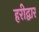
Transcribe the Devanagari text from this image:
हरीद्वार